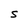
Character: s